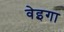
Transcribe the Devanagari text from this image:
वेइगा